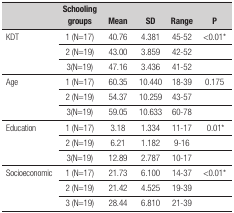
<table><thead><tr><td><b> </b></td><td><b>Schooling groups </b></td><td><b>Mean </b></td><td><b>SD</b></td><td><b>Range</b></td><td><b>P</b></td></tr></thead><tbody><tr><td rowspan="3">KDT</td><td>1 (N=17)</td><td>40.76</td><td>4.381</td><td>45-52</td><td>&lt;0.01*</td></tr><tr><td>2 (N=19)</td><td>43.00</td><td>3.859</td><td>42-52</td><td> </td></tr><tr><td>3(N=19)</td><td>47.16</td><td>3.436</td><td>41-52</td><td> </td></tr><tr><td rowspan="3">Age</td><td>1 (N=17)</td><td>60.35</td><td>10.440</td><td>18-39</td><td>0.175</td></tr><tr><td>2 (N=19)</td><td>54.37</td><td>10.259</td><td>43-57</td><td> </td></tr><tr><td>3(N=19)</td><td>59.05</td><td>10.633</td><td>60-78</td><td> </td></tr><tr><td rowspan="3">Education</td><td>1 (N=17)</td><td>3.18</td><td>1.334</td><td>11-17</td><td> 0.01*</td></tr><tr><td>2 (N=19)</td><td>6.21</td><td>1.182</td><td>9-16</td><td> </td></tr><tr><td>3(N=19)</td><td>12.89</td><td>2.787</td><td>10-17</td><td> </td></tr><tr><td rowspan="3">Socioeconomic</td><td>1 (N=17)</td><td>21.73</td><td>6.100</td><td>14-37</td><td>&lt;0.01*</td></tr><tr><td>2 (N=19)</td><td>21.42</td><td>4.525</td><td>19-39</td><td> </td></tr><tr><td>3 (N=19)</td><td>28.44</td><td>6.810</td><td>21-39</td><td> </td></tr></tbody></table>